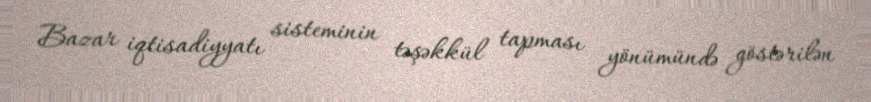
Bazar iqtisadiyyatı sisteminin təşəkkül tapması yönümündə göstərilən